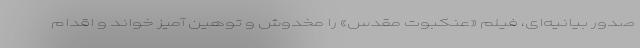
صدور بیانیه‌ای، فیلم «عنکبوت مقدس» را مخدوش و توهین آمیز خواند و اقدام